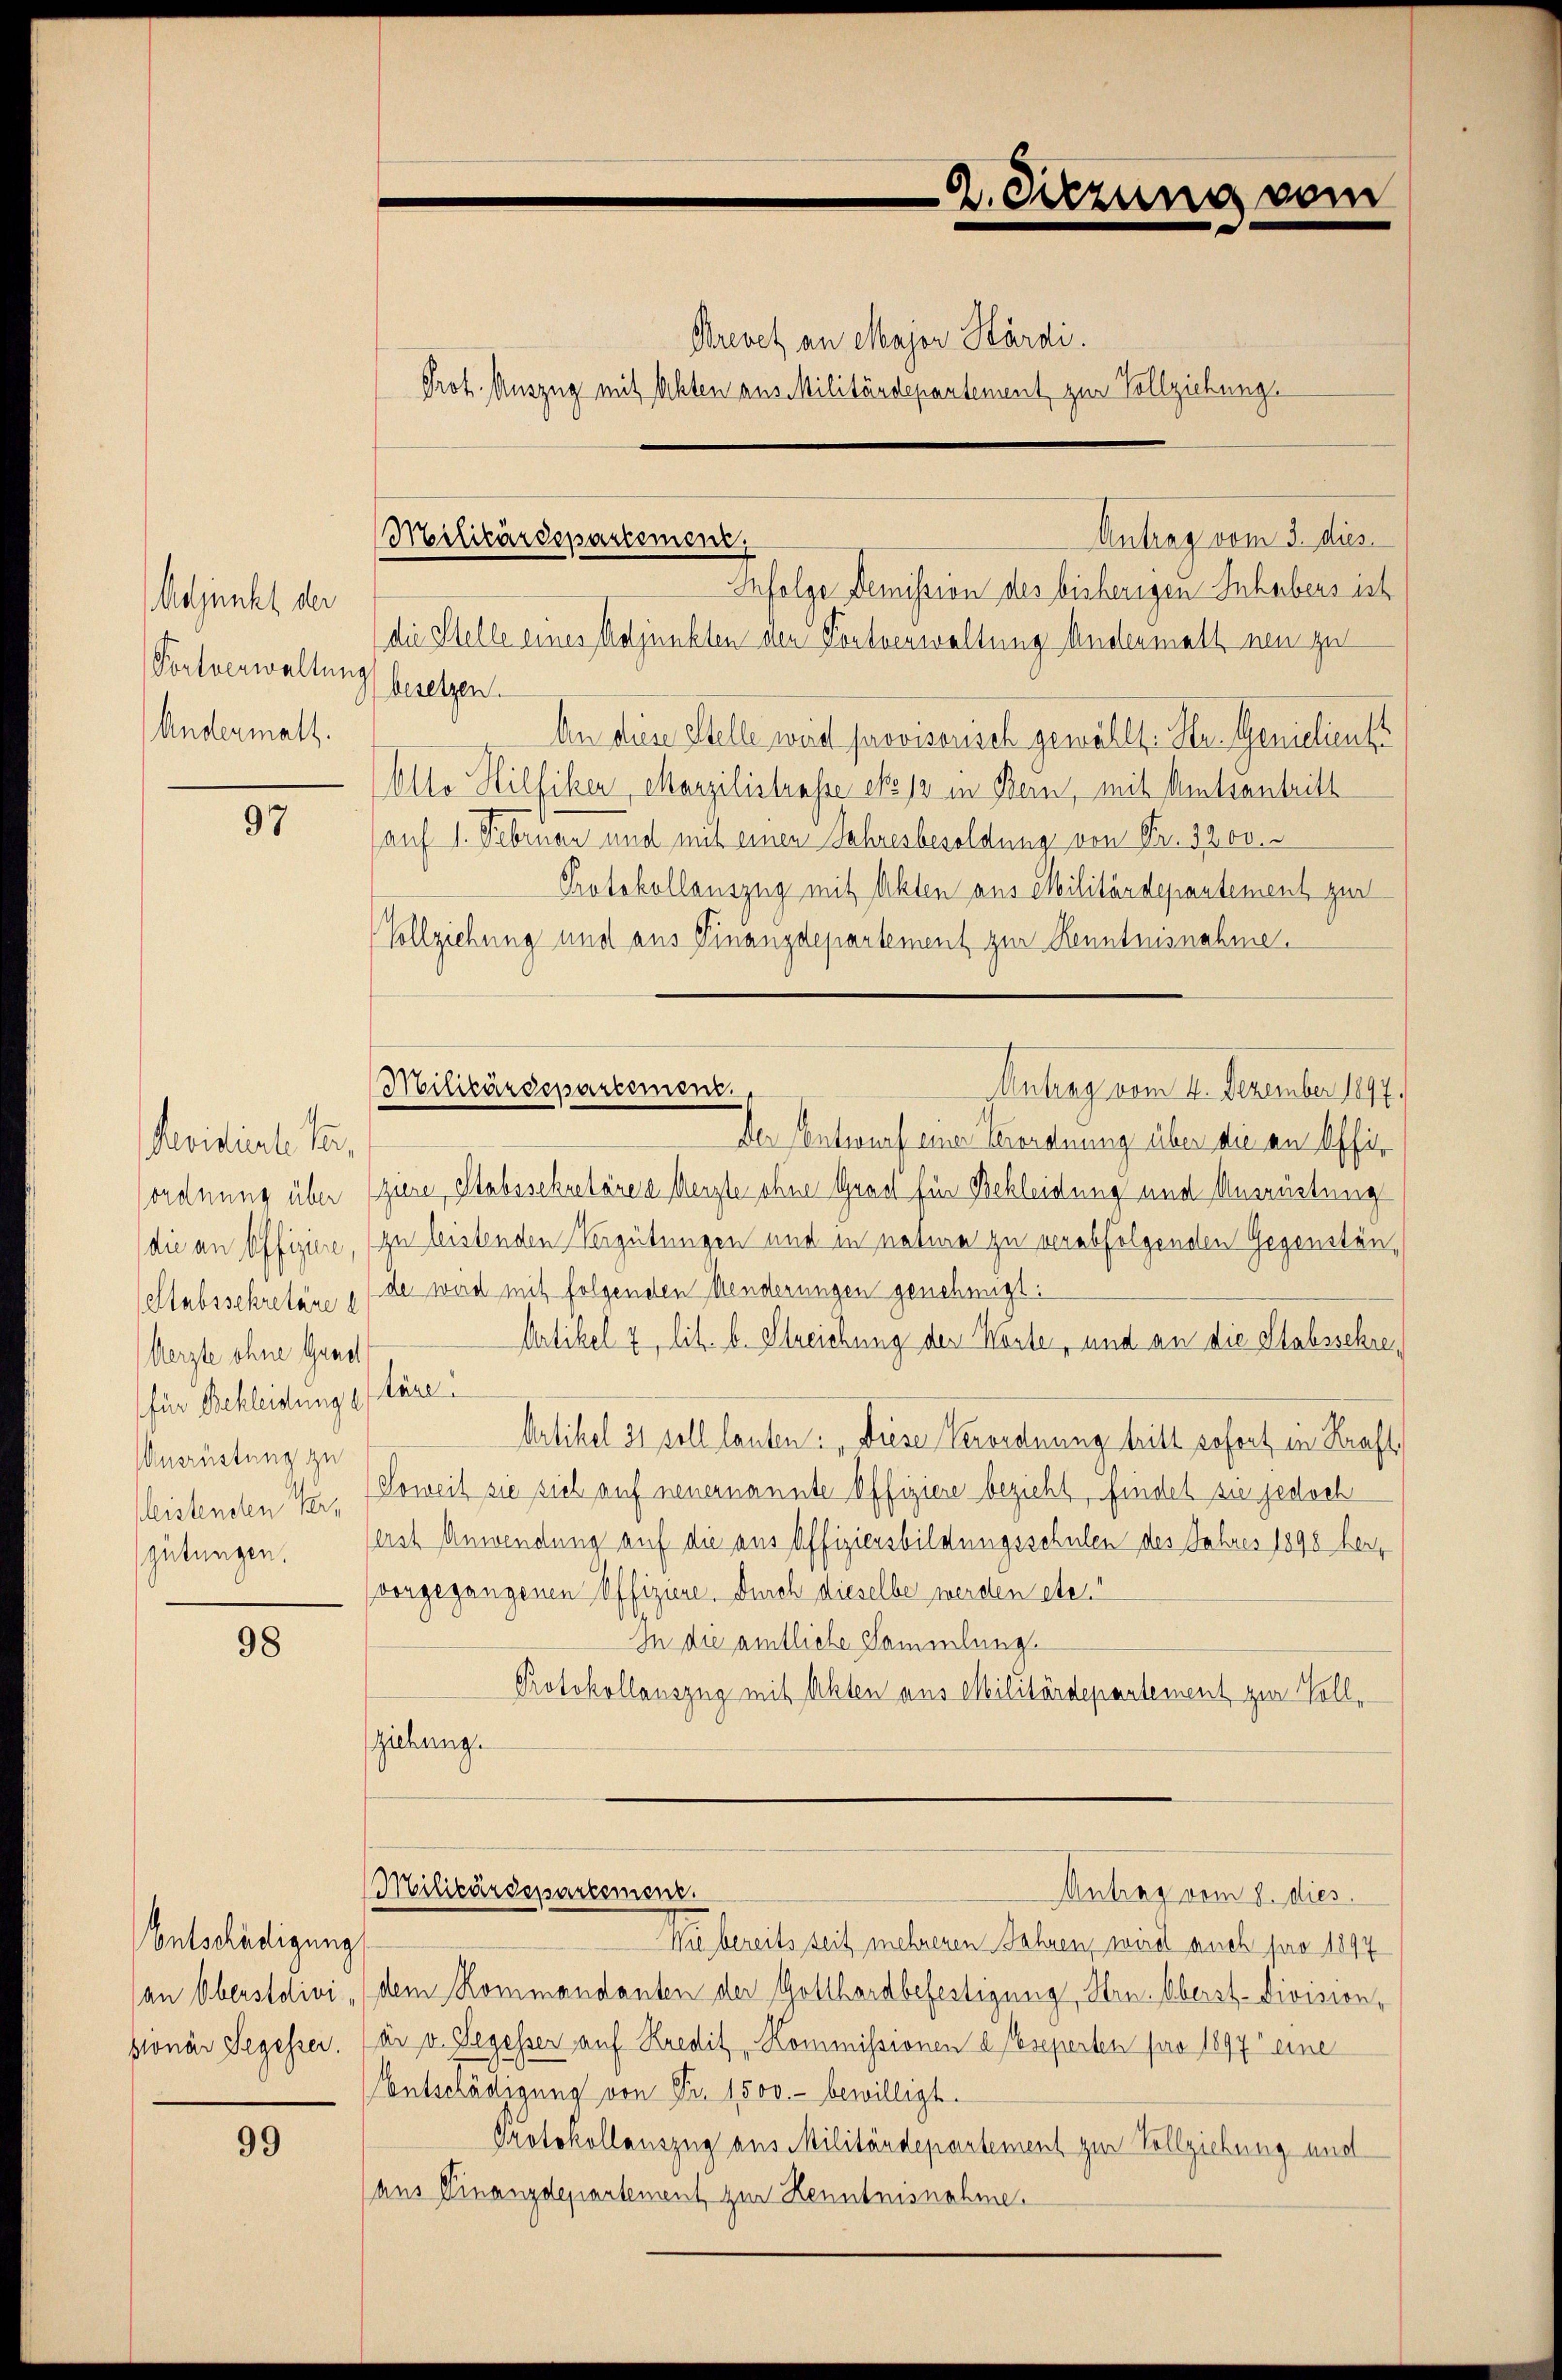
Adjunkt der
Fortverwaltung
Andermatt.

97

Sevidierte tun,
ordnung über
die an Offiziere,
eltabssekretäre e
Aerzte ohne Grech
für Bekleidung
Ansrüstung zu
sleistenden Vergütungen.

98

Entschädigung
(an Oberstdivisonar Segesser.

99

2. Sitzung vom

Brevet an Major Hardi.
Prot. Auszug mit Akten aus Militärdepartement zur Vollziehung

Antrag vom 3. dies
Militärdepartement,
Infolge Demission des bisherigen Inhabens ist

die Stelle eines Adjunkten den Fortverwaltung Andermals neu zu
besetzen.
An diese Stelle weid provisorisch gewählt: Hr. Geniclient
Allo Hilfiker, Marzilistrasse et 12 in Bern, mit Amtsantritt
(auf 1. Februar und mit einen Lehresbesoldung von Fr. 3200.
Protokollauszug mit Akten aus Militärdepartement zur
Vollziehung und aus Finanzdepartement zur Kenntnisnahme.
Anhang vom 4. Dezember 1897.
Der Entwurf eine Verordnung über die an Offir
zure Stabsschneläre a Merzte ohne Grast für Bekleidung und Ausrüstung
zu leistenden Vergütungen und in nature zu verabfolgenden Gegenstände wird mit folgenden Menderungen genehmigt:
Artikel 7 lit. b. Streichung der Karte, und an die Stabsschre¬
Stöne.
Artikel 31 soll lauten: „Diese Verordnung tritt sofort in Kraft,
Soweit sie sich auf neuernannte Offiziere bezieht, findel sie jedoch
erst Anwendung auf die aus Offiziensbildungsschulen des Jahres 1898 herz
vongegangenen Offiziere. Durch dieselbe werden etc.“
In die amtliche Sammlung.
Protokollauszug mit Akten aus Militärdepartement zur Vollziehung.
Militärdepartement.
Antrag vom 8. dies
Nie bereits seit mehreren Jahren, wird auch pro 1897
dem Kommandanten der Gotthardbefestigung, Hrn. Oberst-Division,
ar v. Segesser auf Kredit Kommissionen abseperten pro 1897 eine
Entschädigung von Fr. 1500.- bewilligt.
Protokollauszug aus Militärdepartement zur Vollziehung und
(aus Finanzdepartement zur Kenntnisnahme.

Militärdepartement.